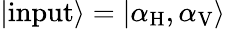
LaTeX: |\mathrm{input}\rangle=|\alpha_{\mathrm{H}},\alpha_{\mathrm{V}}\rangle